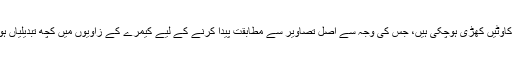
نئی رکاوٹیں کھڑی ہوچکی ہیں، جس کی وجہ سے اصل تصاویر سے مطابقت پیدا کرنے کے لیے کیمرے کے زاویوں میں کچھ تبدیلیاں ہوئیہیں۔